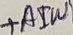
Text: +AIW